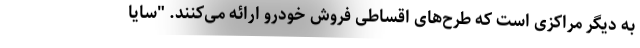
به دیگر مراکزی است که طرح­های اقساطی فروش خودرو ارائه می­کنند. "سایا